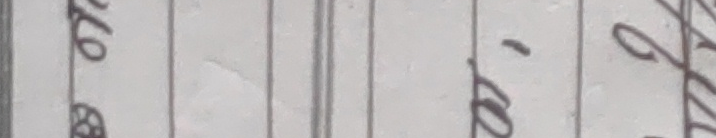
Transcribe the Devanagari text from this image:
होलि